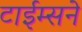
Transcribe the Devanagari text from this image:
टाईम्सने